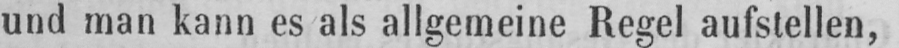
und man kann es als allgemeine Regel aufstellen,